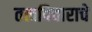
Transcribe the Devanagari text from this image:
तत्त्वविचाराचे